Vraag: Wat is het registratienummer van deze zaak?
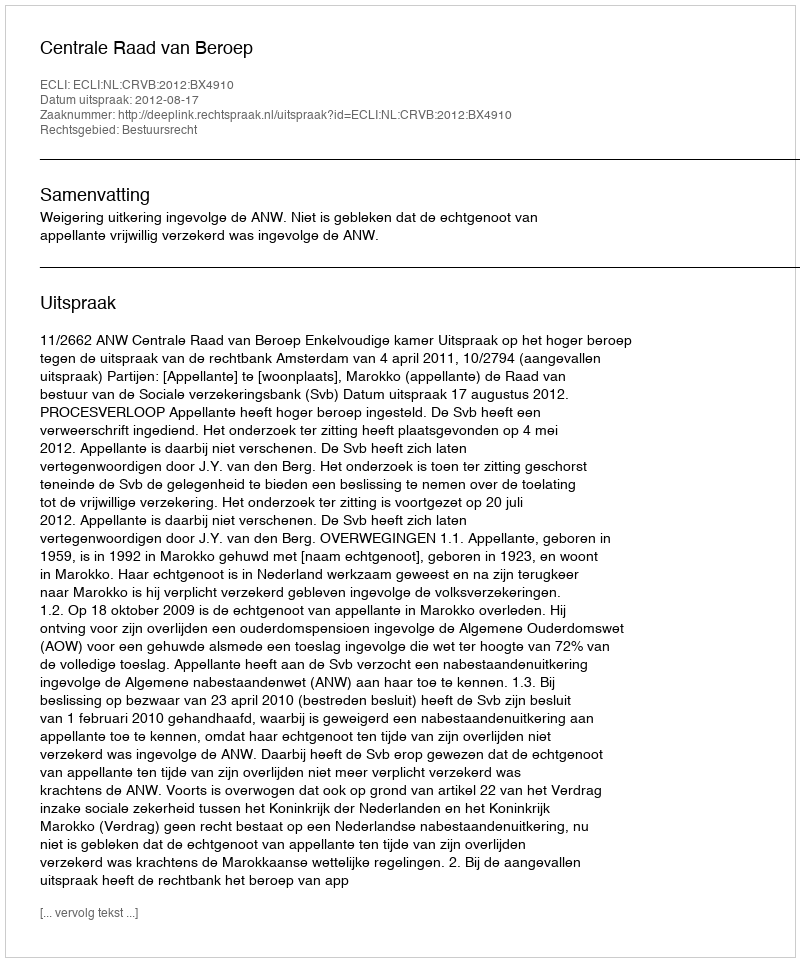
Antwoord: http://deeplink.rechtspraak.nl/uitspraak?id=ECLI:NL:CRVB:2012:BX4910